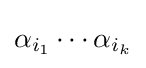
\alpha _{i_{1}}\cdots \alpha _{i_{k}}